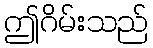
ဤဂိမ်းသည်